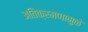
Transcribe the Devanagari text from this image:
अतिक्रमणामु़ळे